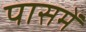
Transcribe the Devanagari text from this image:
पासमें